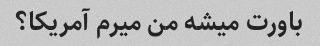
باورت میشه من میرم آمریکا؟